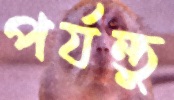
পর্যন্তু